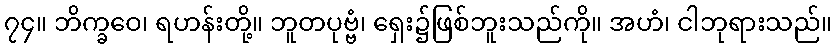
၇၄။ ဘိက္ခဝေ၊ ရဟန်းတို့။ ဘူတပုဗ္ဗံ၊ ရှေး၌ဖြစ်ဘူးသည်ကို။ အဟံ၊ ငါဘုရားသည်။